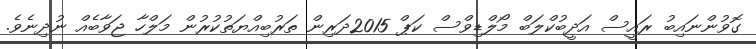
ގޮވުންނައިބު ރައީސް އަދީބުކްލަބް މޯލްޑިވްސް ކަޕް 2015ދަރިން ތަރުބިއްޔަތުކުރުން މަލްހާ ޖަވާބެއް ނުދިނެވެ.